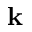
{ \mathbf k }